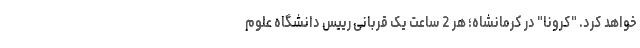
خواهد کرد. "کرونا" در کرمانشاه؛ هر 2 ساعت یک قربانی رییس دانشگاه علوم